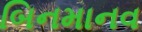
બિનમાનવ